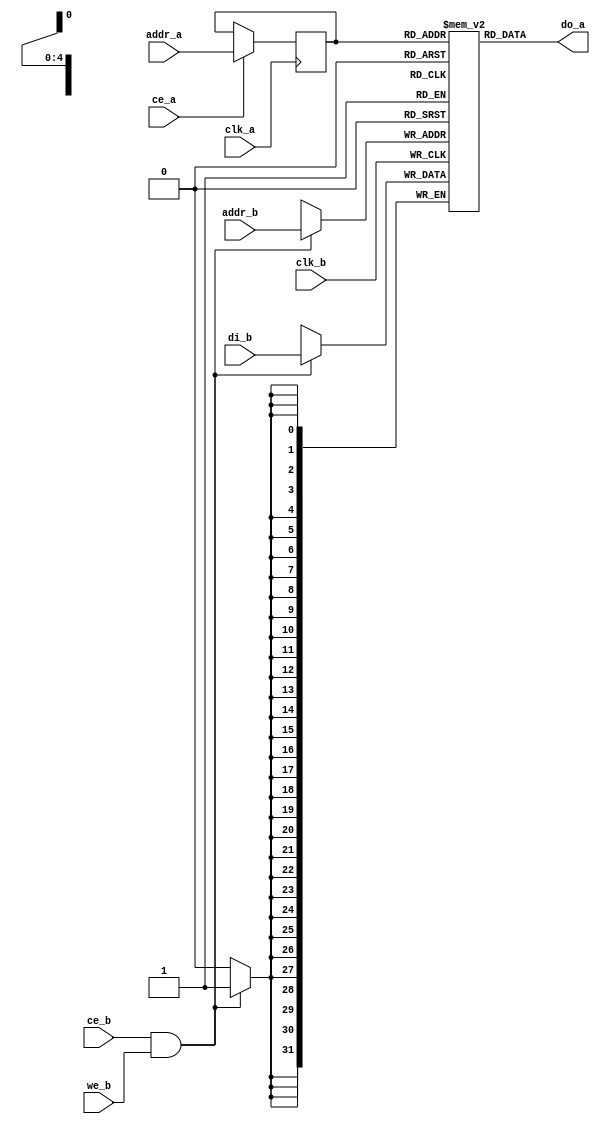
module or1200_dpram
  (
   // Generic synchronous double-port RAM interface
   clk_a, ce_a, addr_a, do_a,
   clk_b, ce_b, we_b, addr_b, di_b
   );
   
   //
   // Default address and data buses width
   //
   parameter aw = 5;
   parameter dw = 32;
   
   //
   // Generic synchronous double-port RAM interface
   //
   input			clk_a;	// Clock
   input			ce_a;	// Chip enable input
   input [aw-1:0] 		addr_a;	// address bus inputs
   output [dw-1:0] 		do_a;	// output data bus
   input			clk_b;	// Clock
   input			ce_b;	// Chip enable input
   input			we_b;	// Write enable input
   input [aw-1:0] 		addr_b;	// address bus inputs
   input [dw-1:0] 		di_b;	// input data bus
   
   //
   // Internal wires and registers
   //
   
   //
   // Generic double-port synchronous RAM model
   //
   
   //
   // Generic RAM's registers and wires
   //
   reg [dw-1:0] 		mem [(1<<aw)-1:0] /*synthesis syn_ramstyle = "no_rw_check"*/;	// RAM content
   reg [aw-1:0] 		addr_a_reg;		// RAM address registered


   // Function to access GPRs (for use by Verilator). No need to hide this one
   // from the simulator, since it has an input (as required by IEEE 1364-2001).
   function [31:0] get_gpr;
      // verilator public
      input [aw-1:0] 		gpr_no;

      get_gpr = mem[gpr_no];
      
   endfunction // get_gpr

   function [31:0] set_gpr;
      // verilator public
      input [aw-1:0] 		gpr_no;
      input [dw-1:0] 		value;
      begin
	 mem[gpr_no] = value;
	 set_gpr = 0;
      end
   endfunction // get_gpr
   
   //
   // Data output drivers
   //
   //assign do_a = (oe_a) ? mem[addr_a_reg] : {dw{1'b0}};
   assign do_a = mem[addr_a_reg];

   integer k;
   initial begin 
      for(k = 0; k < (1 << aw); k = k + 1) begin
         mem[k] = 0;
      end
   end
   
   //
   // RAM read
   //
   always @(posedge clk_a)
     if (ce_a)
       addr_a_reg <=  addr_a;
   
   //
   // RAM write
   //
   always @(posedge clk_b)
     if (ce_b & we_b)
       mem[addr_b] <=  di_b;
   
endmodule